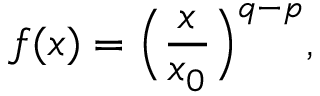
f ( x ) = \Big ( \frac { x } { x _ { 0 } } \Big ) ^ { q - p } ,